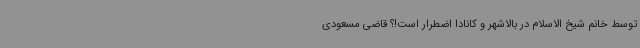
توسط خانم شیخ الاسلام در بالاشهر و کانادا اضطرار است!؟ قاضی مسعودی